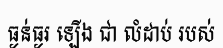
ធ្ងន់ធ្ងរ ឡើង ជា លំដាប់ របស់